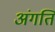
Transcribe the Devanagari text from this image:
अंगति